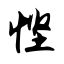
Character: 悭